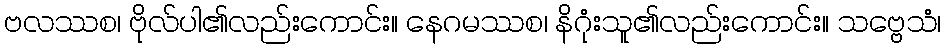
ဗလဿစ၊ ဗိုလ်ပါ၏လည်းကောင်း။ နေဂမဿစ၊ နိဂုံးသူ၏လည်းကောင်း။ သဗ္ဗေသံ၊